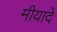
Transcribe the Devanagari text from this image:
मीयादें